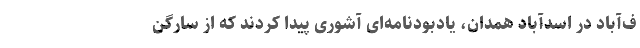
ف‌آباد در اسدآباد همدان، یادبودنامه‌ای آشوری پیدا کردند که از سارگن